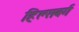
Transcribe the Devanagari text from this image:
हिल्सबर्ग